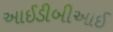
આઈડીબીઆઈ